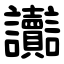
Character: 讟